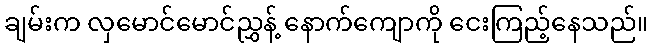
ချမ်းက လှမောင်မောင်ညွှန့် နောက်ကျောကို ငေးကြည့်နေသည်။